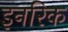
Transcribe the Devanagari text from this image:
इनरिक